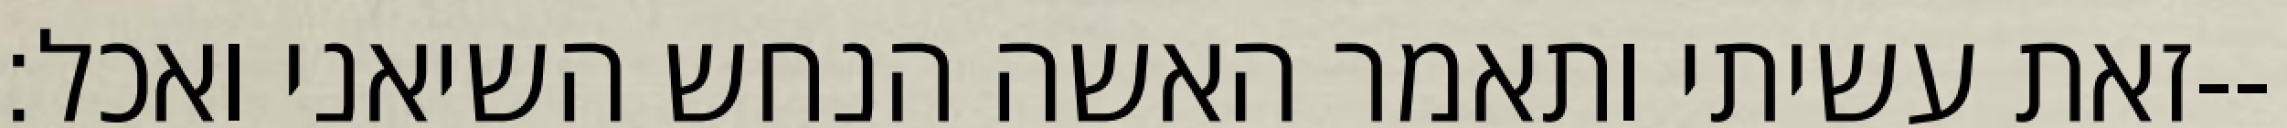
זאת עשיתי ותאמר האשה הנחש השיאני ואכל׃--